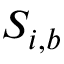
S _ { i , b }